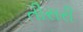
તીસરી